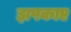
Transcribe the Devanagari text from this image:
झपकाए